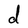
Character: d